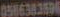
0586383596